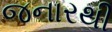
જનારથી